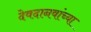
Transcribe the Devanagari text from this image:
देवदानवांच्या